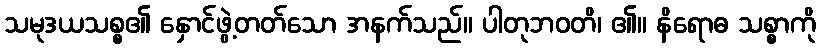
သမုဒယသစ္စ၏ နှောင်ဖွဲ့တတ်သော အနက်သည်။ ပါတုဘဝတိ၊ ၏။ နိရောဓ သစ္စာကို